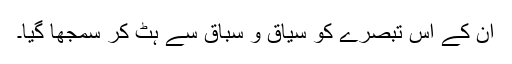
ان کے اس تبصرے کو سیاق و سباق سے ہٹ کر سمجھا گیا۔